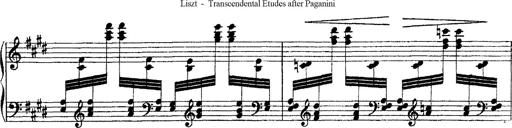
Title: Ã‰tudes d'exÃ©cution transcendante d'aprÃ¨s Paganini
Composer: Franz Liszt